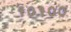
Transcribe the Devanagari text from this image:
१०१००